Lunatic asylums Madras 1877-1891 - 1877-1891
Year: 1877
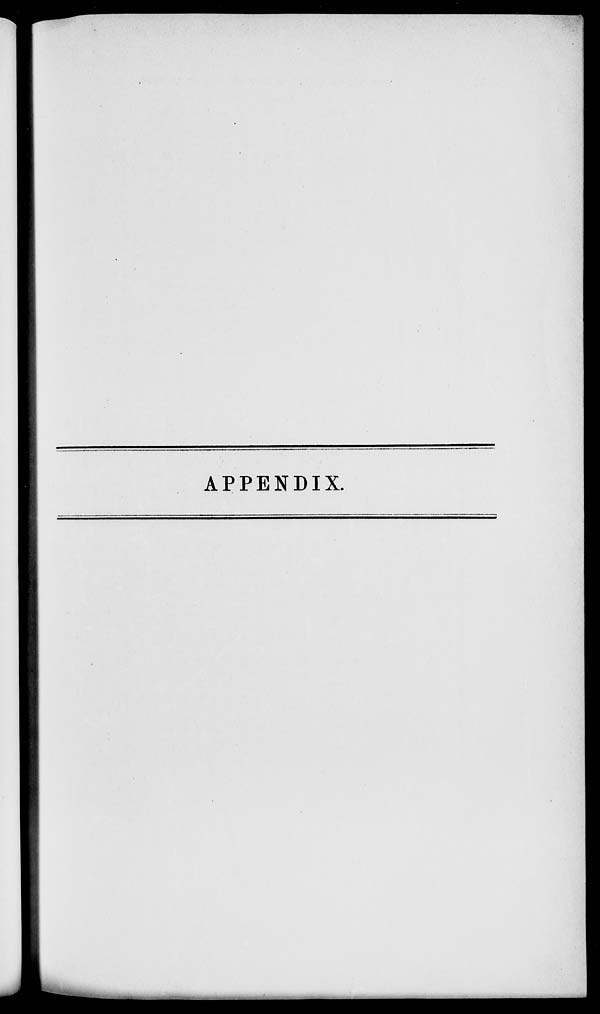
APPENDIX.